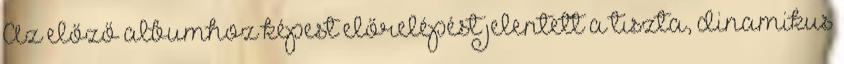
Az előző albumhoz képest előrelépést jelentett a tiszta, dinamikus